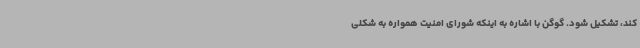
کند، تشکیل شود. گوگن با اشاره به اینکه شورای امنیت همواره به شکلی